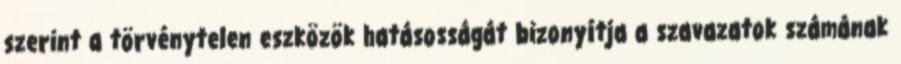
szerint a törvénytelen eszközök hatásosságát bizonyítja a szavazatok számának